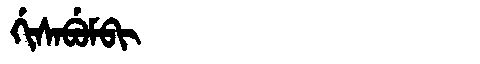
Manchu: ᡤᡳᠰᠠᠪᡠᠮᠪᡳ
Romanization: GISABUMBI